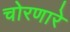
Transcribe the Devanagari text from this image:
चोरणारे